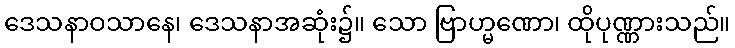
ဒေသနာဝသာနေ၊ ဒေသနာအဆုံး၌။ သော ဗြာဟ္မဏော၊ ထိုပုဏ္ဏားသည်။